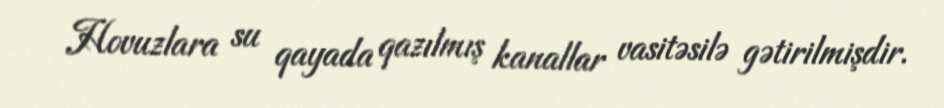
Hovuzlara su qayada qazılmış kanallar vasitəsilə gətirilmişdir.